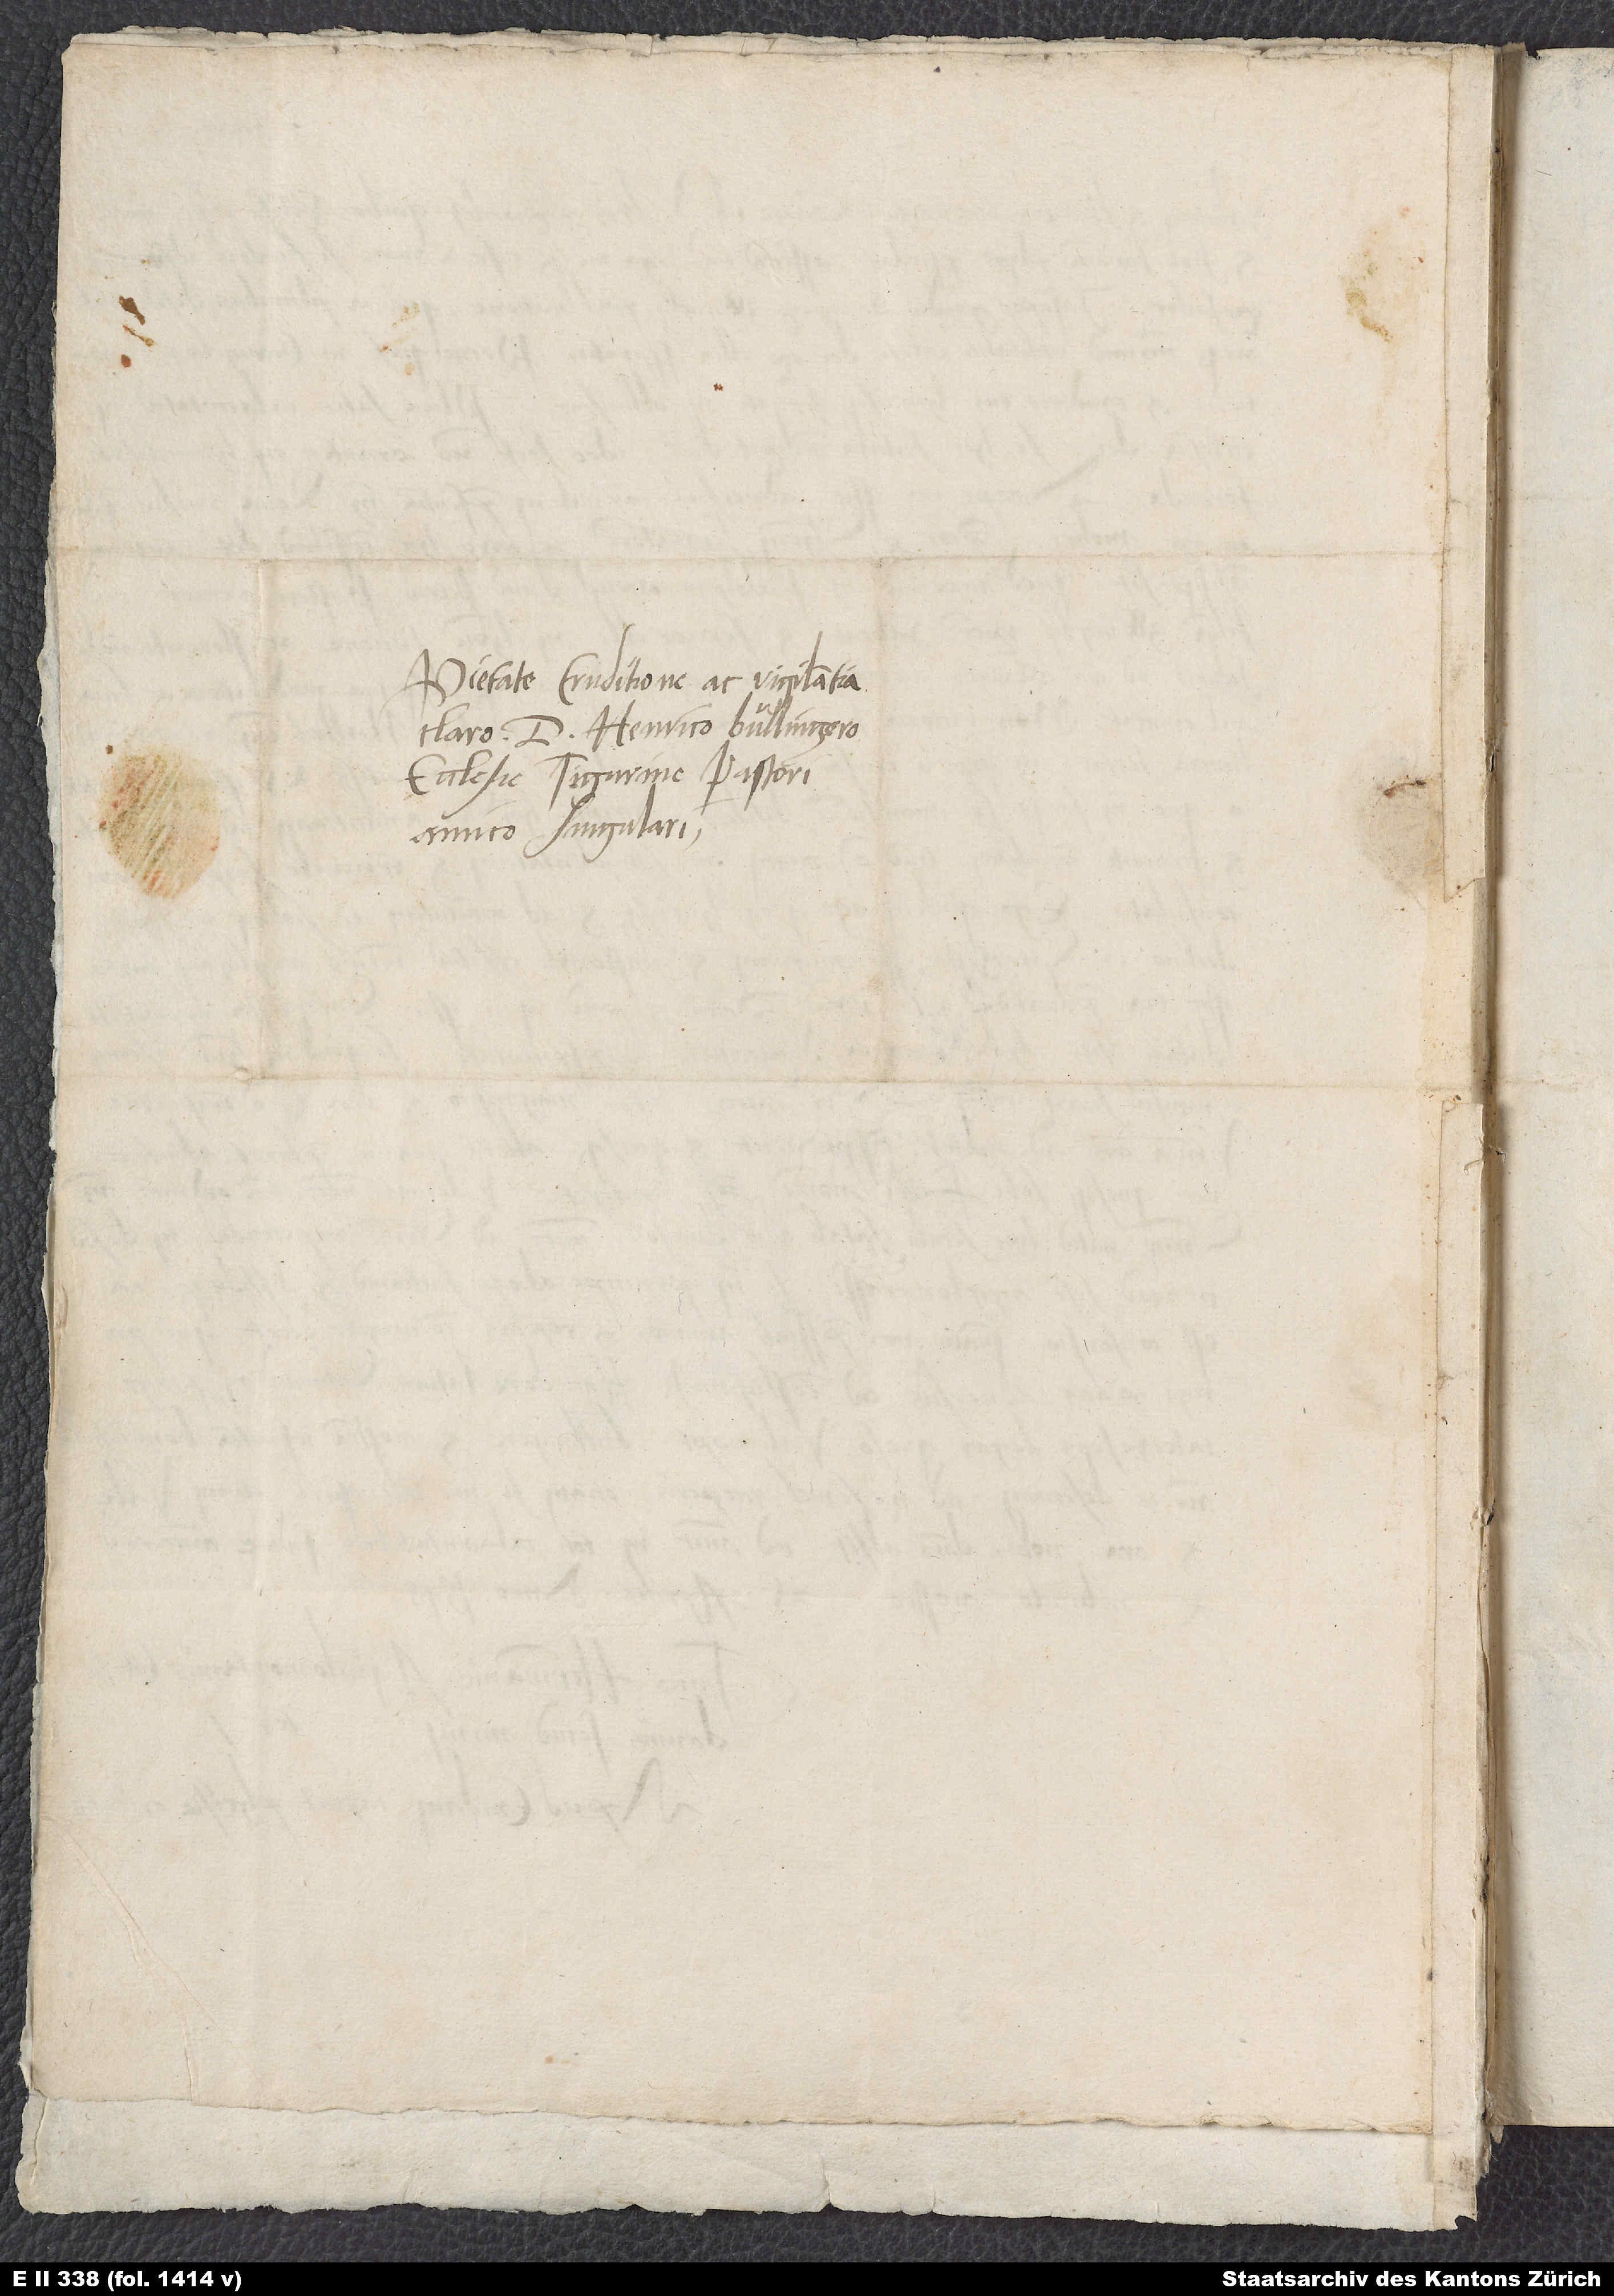
Pietate, eruditione ac vigilantia
claro d. Henrico Bullingero,
ecclesie Tigurine pastori,
amico singulari.